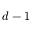
d - 1